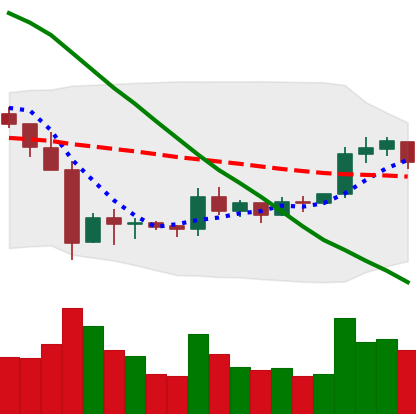
Ticker: XRP-USD
Chart end date: 2019-10-10
Forward return: 6.112%
Label: up_5_7